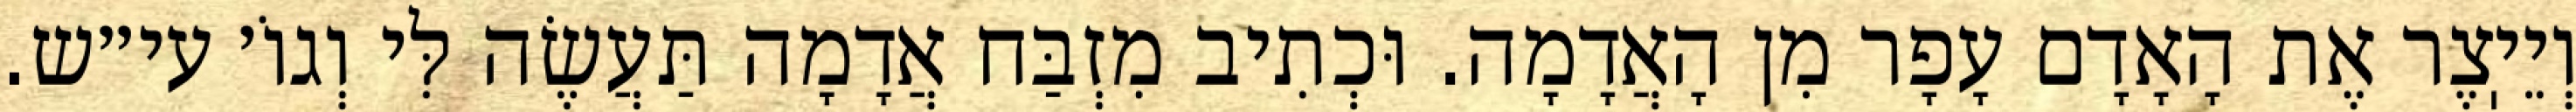
וְיֵיֽצֶר אֶת הָאָדָם עָפָר מִן הָאֲדָמָה. וּכְתִיב מִזְבַּח אֲדָמָה תַּעֲשֶׂה לִּי וְגוֹ׳ עי״ש.